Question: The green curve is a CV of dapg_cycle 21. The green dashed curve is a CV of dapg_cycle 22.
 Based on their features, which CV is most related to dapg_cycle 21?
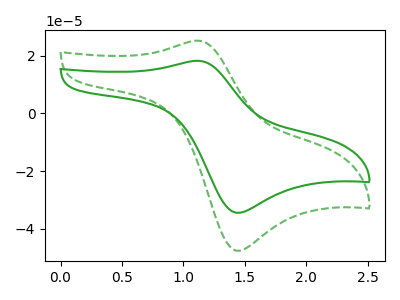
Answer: <think>The green curve "dapg_cycle 21" has an anodic peak at (1.10V, 18.30uA) and a cathodic peak at (1.45V, -34.50uA). The green dashed curve "dapg_cycle 22" has an anodic peak at (1.10V, 25.25uA) and a cathodic peak at (1.45V, -47.65uA).
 All the peaks in "dapg_cycle 21" have a peak in "dapg_cycle 22" at the same potential. Every peak in "dapg_cycle 21" is lower than every peak in "dapg_cycle 22".</think>
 <answer>The CV with the most similar shape to "dapg_cycle 22" is "dapg_cycle 21".</answer>
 <eval>"dapg_cycle 21"</eval>